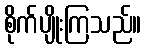
စိုက်ပျိုးကြသည်။